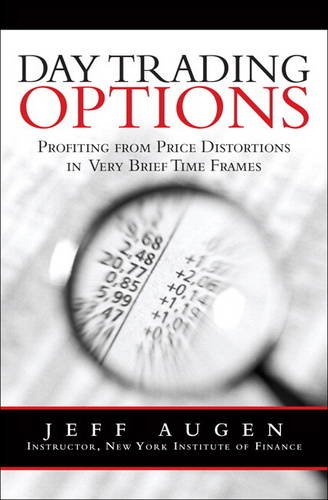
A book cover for Day Trading Options: Profiting from Price Distortions in Very Brief Time Frames; Jeff Augen; Business & Money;